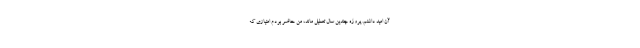
آن امید داشتم. پروژه چندین سال تعطیل ماند، من حاضر بودم امتیازی که